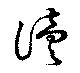
読